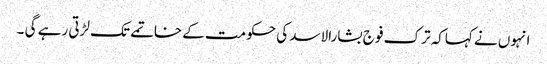
انہوں نے کہاکہ ترک فو ج بشارالاسد کی حکومت کے خاتمے تک لڑتی رہے گی ۔